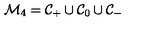
{ \cal M } _ { 4 } = { \cal C } _ { + } \cup { \cal C } _ { 0 } \cup { \cal C } _ { - }